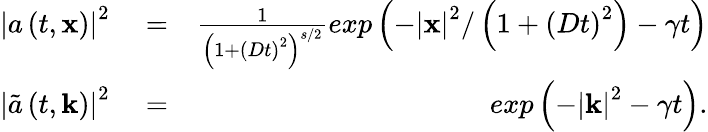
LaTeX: \begin{array}{rlr}{\left|a\left(t,\mathbf{x}\right)\right|^{2}}&{{}=}&{\frac{1}{\left(1+\left(Dt\right)^{2}\right)^{s/2}}exp\left(-\left|\mathbf{x}\right|^{2}/\left(1+\left(Dt\right)^{2}\right)-\gamma t\right)}\\ {\left|\tilde{a}\left(t,\mathbf{k}\right)\right|^{2}}&{{}=}&{exp\left(-\left|\mathbf{k}\right|^{2}-\gamma t\right).}\end{array}